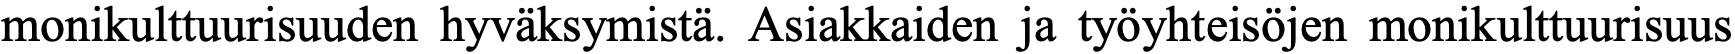
monikulttuurisuuden hyväksymistä. Asiakkaiden ja työyhteisöjen monikulttuurisuus